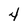
Character: 4